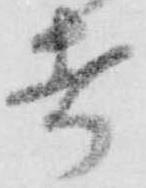
者